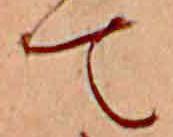
て